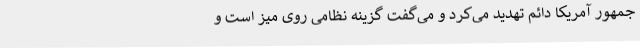
جمهور آمریکا دائم تهدید می‌کرد و می‌گفت گزینه نظامی روی میز است و